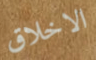
الاخلاق